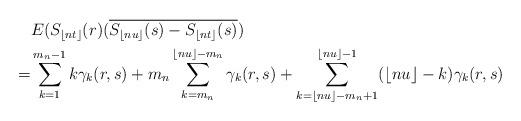
LaTeX: \begin{align*}&E(S_{\lfloor nt \rfloor}(r)(\overline{S_{\lfloor nu \rfloor}(s)-S_{\lfloor nt \rfloor}(s)})\\=& \sum_{k=1}^{m_{n}-1}k\gamma_{k}(r,s)+ m_{n} \sum_{k=m_{n}}^{\lfloor nu \rfloor -m_{n}}\gamma_{k}(r,s)+ \sum_{k=\lfloor nu \rfloor-m_{n}+1}^{\lfloor nu \rfloor-1}(\lfloor nu \rfloor-k)\gamma_{k}(r,s)\end{align*}